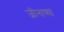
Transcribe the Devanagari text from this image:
जीनाच्या